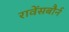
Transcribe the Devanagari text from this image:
रावेंसबौर्न